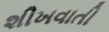
શીખવાતી